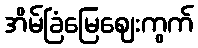
အိမ်ခြံမြေဈေးကွက်